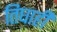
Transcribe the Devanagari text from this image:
तिघाही